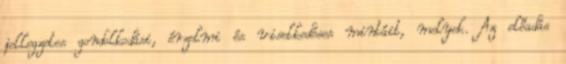
jellegzetes gondolkodási, érzelmi és viselkedéses mintáit, melyek. Az előadás